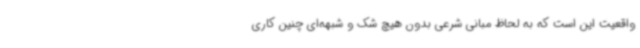
واقعیت این است که به لحاظ مبانی شرعی بدون هیچ شک و شبهه‌ای چنین کاری